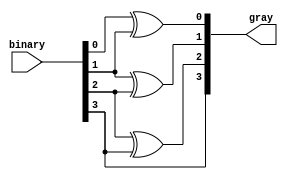
module Bin_to_Gray (
    input [3:0] binary,
    output [3:0] gray
);

    assign gray[0] = binary[0] ^ binary[1];
    assign gray[1] = binary[1] ^ binary[2];
    assign gray[2] = binary[2] ^ binary[3];
    assign gray[3] = binary[3];

endmodule